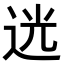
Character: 𨒺